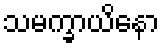
သမက္ခာယိနော